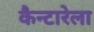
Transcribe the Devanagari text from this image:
कैन्टारेला